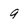
Character: 9